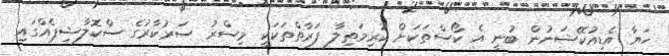
ހަޔާ އެޑިއުކޭޝަނުން ބުނީ އެ ކޯސްތަކަށް ކުރިމަތިލާ ފަރާތްތަކަކީ މިސްރު ސަރުކާރުގެ ސްކޮަލާޝިޕެއްގައި